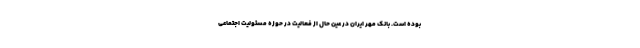
بوده است. بانک مهر ایران در عین حال از فعالیت در حوزه مسئولیت اجتماعی